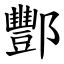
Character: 酆